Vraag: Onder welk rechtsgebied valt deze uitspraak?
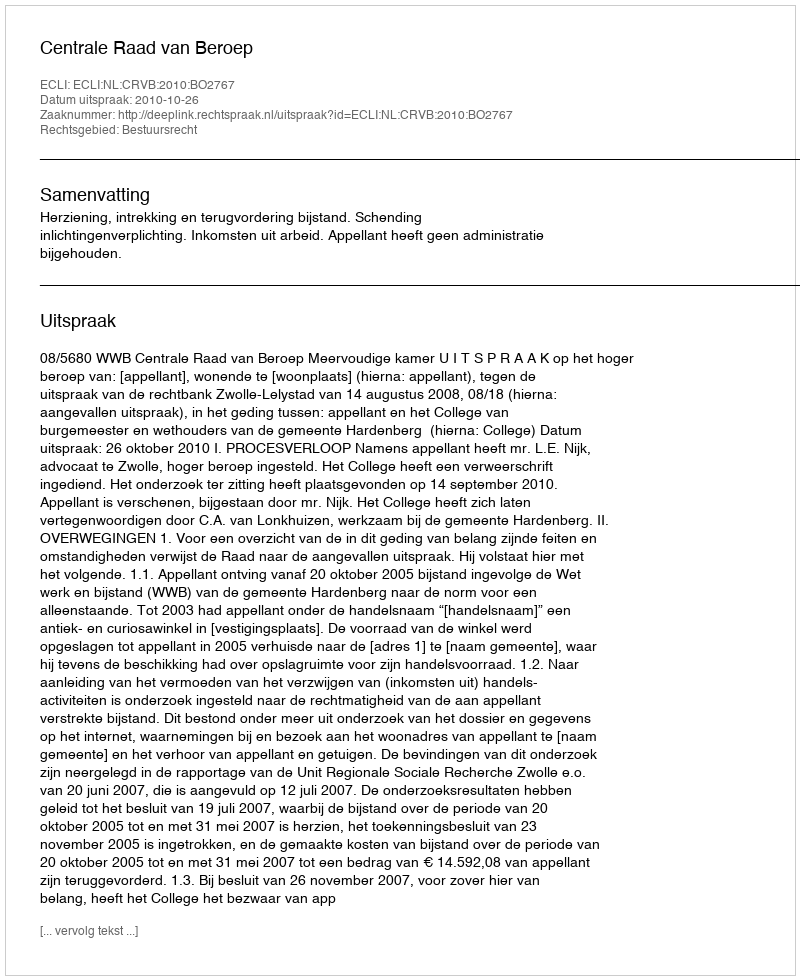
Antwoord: Bestuursrecht